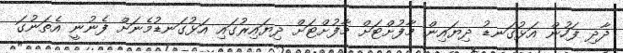
ދާދި ފަހުން އަޅުގަނޑު ދިޔައިން މާފުށްޓަށް މާފުށްޓަށް ދިޔައިރުގައި އަޅުގަނޑުމެނަށް ފެނުނީ އެތަނުގަ